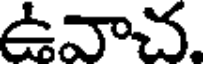
ఉవాచ.